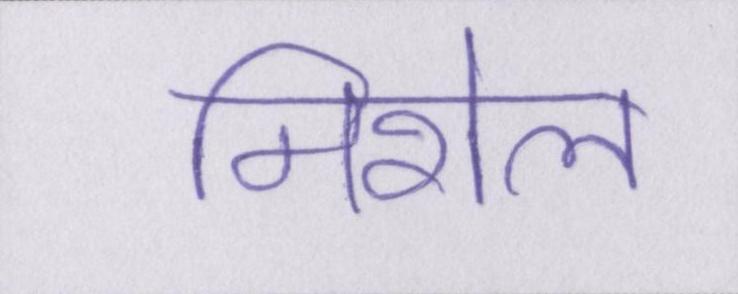
मिशेल